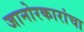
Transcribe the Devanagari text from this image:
जानोरकारांचा